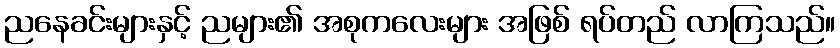
ညနေခင်းများနှင့် ညများ၏ အစုကလေးများ အဖြစ် ရပ်တည် လာကြသည်။